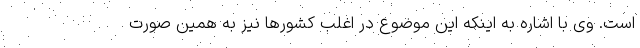
است. وی با اشاره به اینکه این موضوع در اغلب کشورها نیز به همین صورت